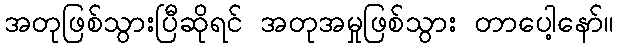
အတုဖြစ်သွားပြီဆိုရင် အတုအမှုဖြစ်သွား တာပေါ့နော်။